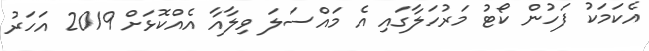
އެކަމަކު ފަހުން ކޯޓު މަރުހަލާގައި އެ މައްސަލަ ވިލާއާ އެއްކޮޅަށް 2019 އަހަރު